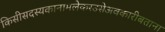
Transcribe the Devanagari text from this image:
किसीसदस्यकानामलेकरउसेअवकारीबताना